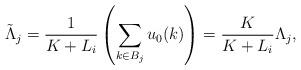
LaTeX: \begin{align*}\tilde{\Lambda}_j = \frac{1}{K+L_i}\left(\sum_{k \in B_j} u_0(k) \right) = \frac{K}{K+L_i}\Lambda_j,\end{align*}